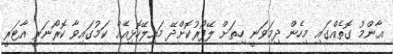
އާންމު ގޮތެއްގައި މިހެން ދިމަވަނީ ހިތަށް ލޭފޯރުކޮށްދޭ މައިލޭހޮޅިއެއް ކަމުގައިވާ ކޮރޯނަރީ އާޓަރީ